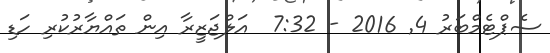
ސެޕްޓެމްބަރު 4